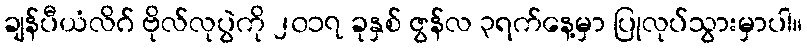
ချန်ပီယံလိဂ် ဗိုလ်လုပွဲကို ၂၀၁၇ ခုနှစ် ဇွန်လ ၃ရက်နေ့မှာ ပြုလုပ်သွားမှာပါ။